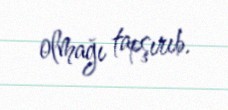
olmağı tapşırıb.